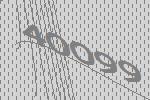
40099